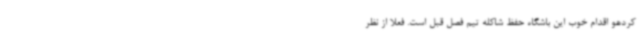
کردهو اقدام خوب این باشگاه حفظ شاکله تیم فصل قبل است. فعلا از نظر